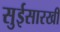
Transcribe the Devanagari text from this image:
सुईसारखी